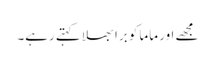
مجھے اور ماما کو برا بھلا کہتے رہے۔